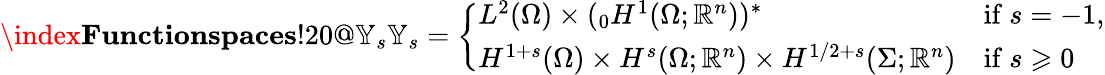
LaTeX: \index{\textbf{Functionspaces}!20@\mathbb{Y}_{s}}\mathbb{Y}_{s}=\left\{ \begin{array}{ll}{L^{2}(\Omega)\times({_0}H^{1}(\Omega;\mathbb{R}^{n}))^{\ast}}&{\mathrm{if~}s=-1,}\\ {H^{1+s}(\Omega)\times H^{s}(\Omega;\mathbb{R}^{n})\times H^{1/2+s}(\Sigma;\mathbb{R}^{n})}&{\mathrm{if~}s\geqslant 0}\end{array}\right.